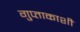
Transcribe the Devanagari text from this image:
गुप्‍ताकाशी